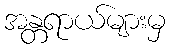
အန္တရာယ်များမှ